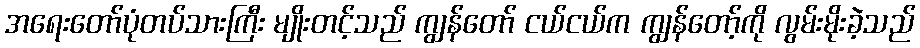
အရေးတော်ပုံတပ်သားကြီး မျိုးတင့်သည် ကျွန်တော် ငယ်ငယ်က ကျွန်တော့်ကို လွမ်းမိုးခဲ့သည်